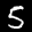
Label: 5